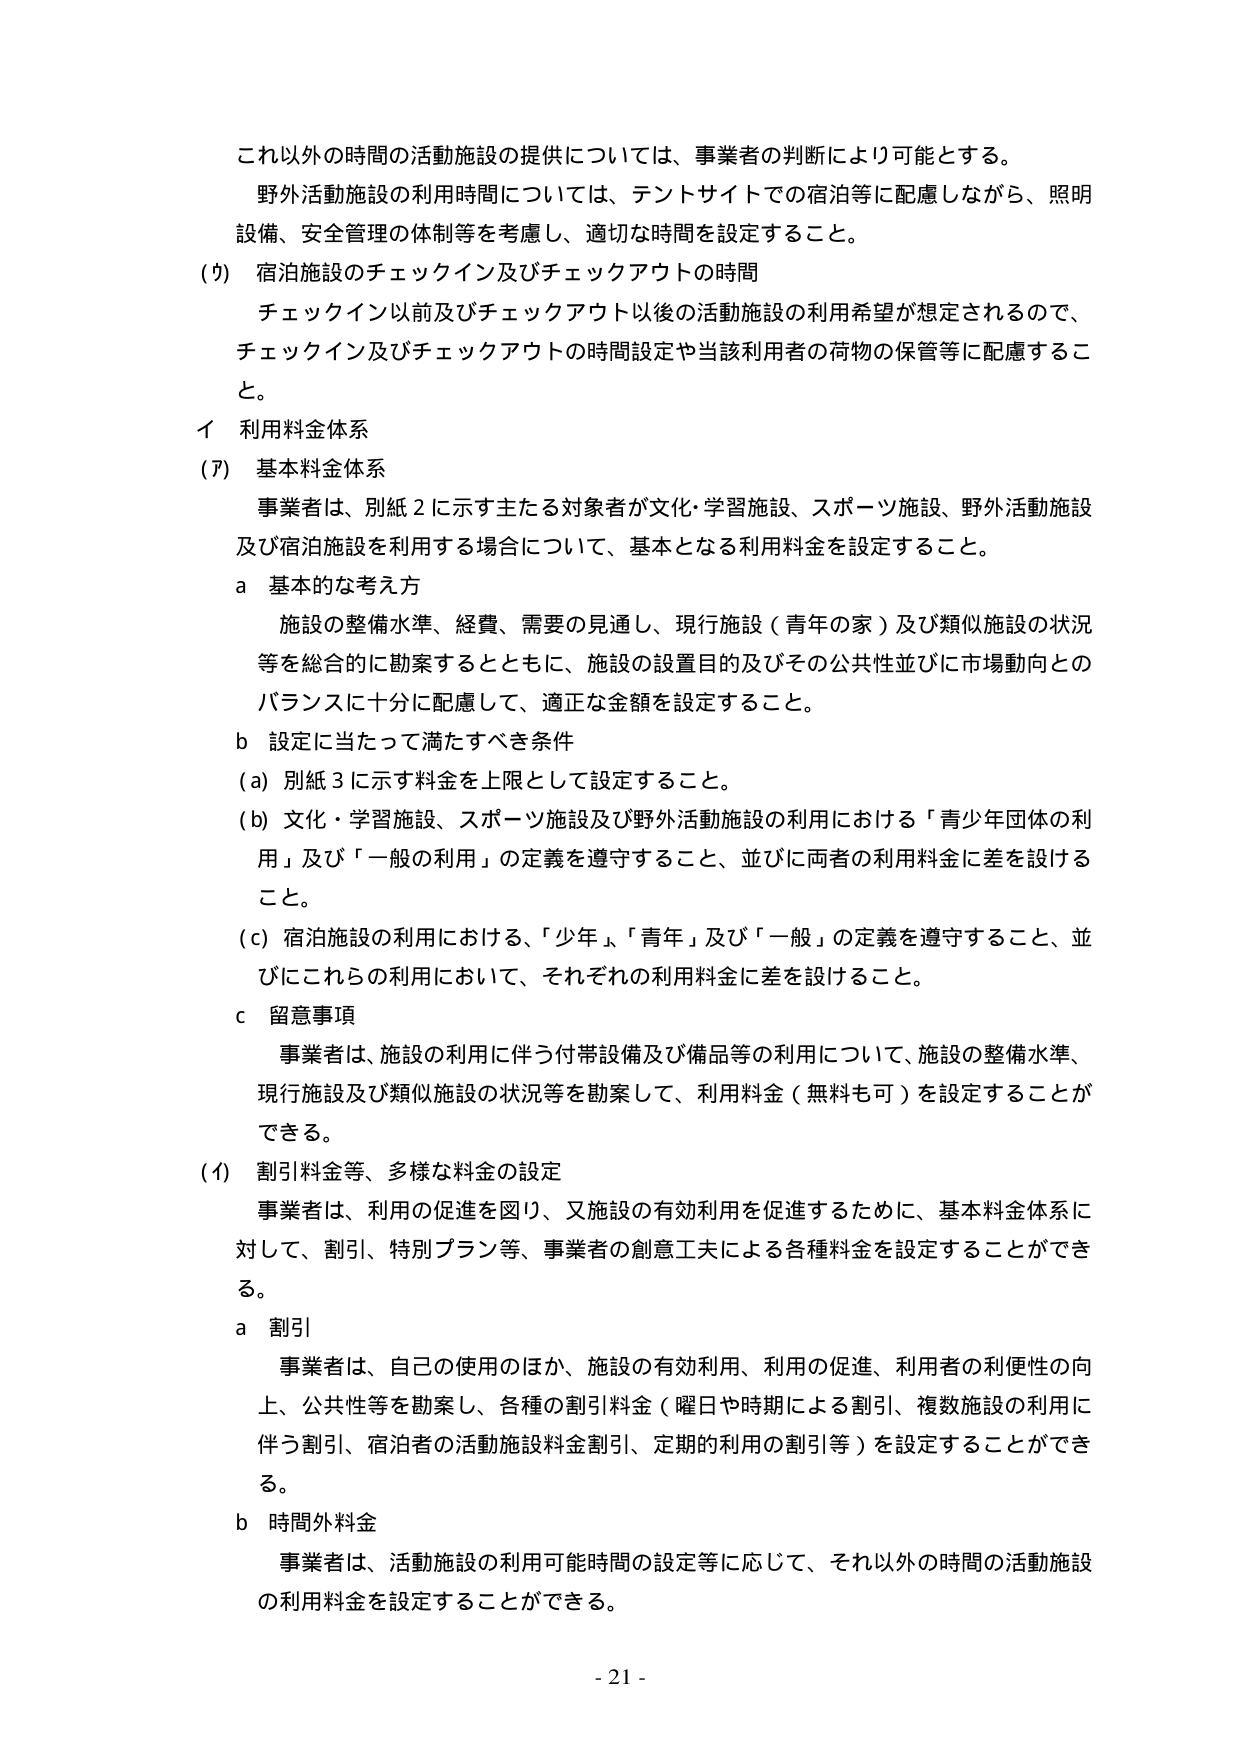
これ以外の時間の活動施設の提供については、事業者の判断により可能とする。
野外活動施設の利用時間については、テントサイトでの宿泊等に配慮しながら、照明設備、安全管理の体制等を考慮し、適切な時間を設定すること。
(ウ) 宿泊施設のチェックイン及びチェックアウトの時間
　チェックイン以前及びチェックアウト以後の活動施設の利用希望が想定されるので、チェックイン及びチェックアウトの時間設定や当該利用者の荷物の保管等に配慮すること。
イ 利用料金体系
(ア) 基本料金体系
　事業者は、別紙2に示す主たる対象者が文化・学習施設、スポーツ施設、野外活動施設及び宿泊施設を利用する場合について、基本となる利用料金を設定すること。
　a 基本的な考え方
　　施設の整備水準、経費、需要の見通し、現行施設（青年の家）及び類似施設の状況等を総合的に勘案するとともに、施設の設置目的及びその公共性並びに市場動向とのバランスに十分に配慮して、適正な金額を設定すること。
　b 設定に当たって満たすべき条件
　　(a) 別紙3に示す料金を上限として設定すること。
　　(b) 文化・学習施設、スポーツ施設及び野外活動施設の利用における「青少年団体の利用」及び「一般の利用」の定義を遵守すること、並びに両者の利用料金に差を設けること。
　　(c) 宿泊施設の利用における、「少年」、「青年」及び「一般」の定義を遵守すること、並びにこれらの利用において、それぞれの利用料金に差を設けること。
　c 留意事項
　　事業者は、施設の利用に伴う付帯設備及び備品等の利用について、施設の整備水準、現行施設及び類似施設の状況等を勘案して、利用料金（無料も可）を設定することができる。
(イ) 割引料金等、多様な料金の設定
　事業者は、利用の促進を図り、又施設の有効利用を促進するために、基本料金体系に対して、割引、特別プラン等、事業者の創意工夫による各種料金を設定することができる。
　a 割引
　　事業者は、自己の使用のほか、施設の有効利用、利用の促進、利用者の利便性の向上、公共性等を勘案し、各種の割引料金（曜日や時期による割引、複数施設の利用に伴う割引、宿泊者の活動施設料金割引、定期的利用の割引等）を設定することができる。
　b 時間外料金
　　事業者は、活動施設の利用可能時間の設定等に応じて、それ以外の時間の活動施設の利用料金を設定することができる。
- 21 -